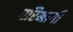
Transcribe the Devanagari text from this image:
परिभागी